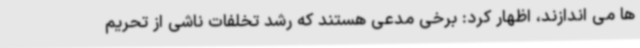
ها می اندازند، اظهار کرد: برخی مدعی هستند که رشد تخلفات ناشی از تحریم